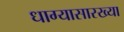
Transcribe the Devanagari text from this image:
धाग्यासारख्या